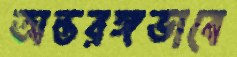
অন্তরঙ্গভাবে